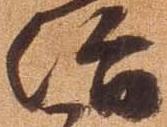
治